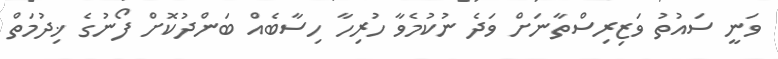
ވަނީ ސައުތު ވަޒިރިސްތާނަށް ވަދެ ނުކުމެވާ ހުރިހާ ހިސާބެއް ބަންދުކޮށް ފޯނުގެ ޚިދުމަތް